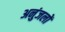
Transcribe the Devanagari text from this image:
अनुंजलों